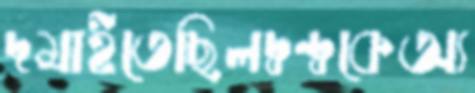
দমাইতেছিলদ্বন্দ্বকেঅ্য